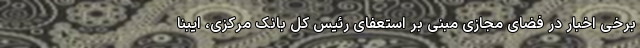
برخی اخبار در فضای مجازی مبنی بر استعفای رئیس کل بانک مرکزی، ایبِنا